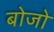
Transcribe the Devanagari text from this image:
बोजो